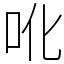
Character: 吪